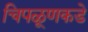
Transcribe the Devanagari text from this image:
चिपळूणकडे